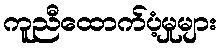
ကူညီထောက်ပံ့မှုများ